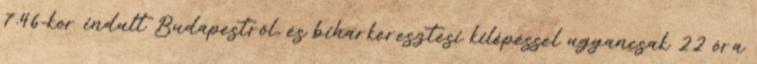
7.46-kor indult Budapestről, és biharkeresztesi kilépéssel ugyancsak 22 óra